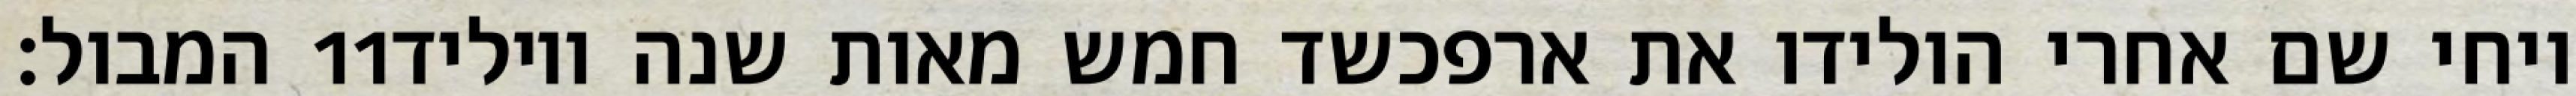
המבול׃ ‎11‏ ויחי שם אחרי הולידו את ארפכשד חמש מאות שנה ויוליד